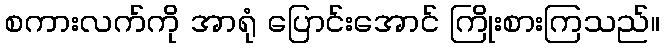
စကားလက်ကို အာရုံ ပြောင်းအောင် ကြိုးစားကြသည်။